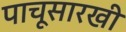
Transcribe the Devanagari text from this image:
पाचूसारखी